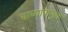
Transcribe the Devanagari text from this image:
चाच्यांपासून